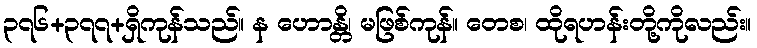
၃၇၆+၃၇၇+ရှိကုန်သည်။ န ဟောန္တိ၊ မဖြစ်ကုန်။ တေစ၊ ထိုရဟန်းတို့ကိုလည်း။